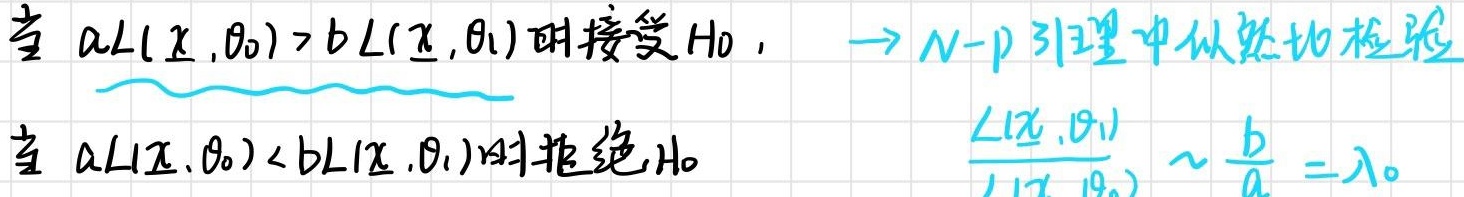
当 \(aL(\mathbb{X},\theta_0)>bL(\mathbb{X},\theta_1)\) 时接受 \(H_0\)，\(\to N - p\) 引理中似然比检验：当 \(aL(\mathbb{X},\theta_0)<bL(\mathbb{X},\theta_1)\) 时拒绝 \(H_0\) ，\(\frac{L(\mathbb{X},\theta_1)}{L(\mathbb{X},\theta_0)}\sim\frac{b}{a}=\lambda_0\)